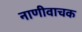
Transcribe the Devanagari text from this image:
नाणीवाचक